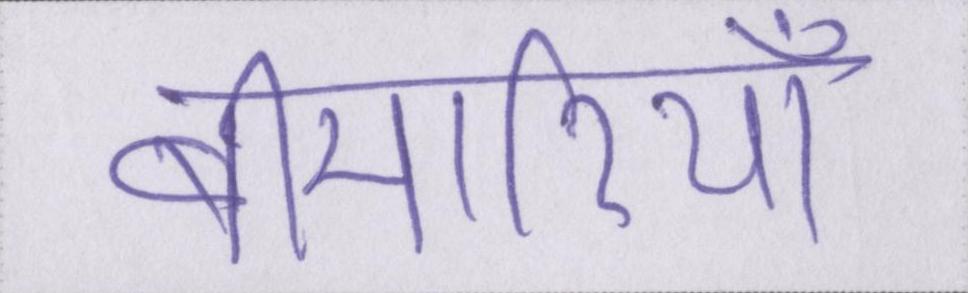
बीमारियाँ